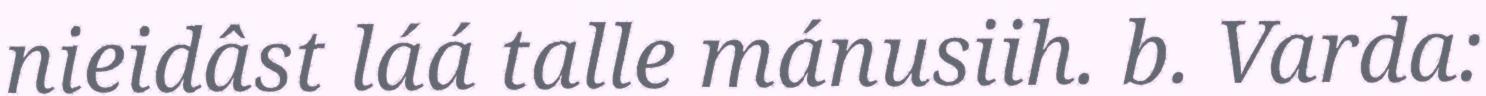
nieidâst láá talle mánusiih. b. Varda: